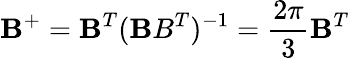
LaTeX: {\mathbf B}^{+}={\mathbf B}^{T}({\mathbf BB}^{T})^{-1}=\frac{2\pi}{3}{\mathbf B}^{T}